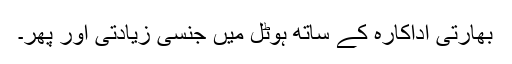
بھارتی اداکارہ کے ساتھ ہوٹل میں جنسی زیادتی اور پھر۔